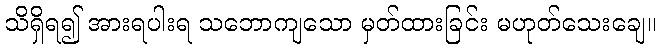
သိရှိရ၍ အားရပါးရ သဘောကျသော မှတ်ထားခြင်း မဟုတ်သေးချေ။